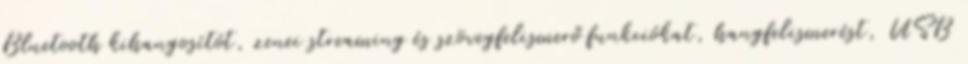
Bluetooth kihangosítót, zenei streaming és szövegfelismerő funkciókat, hangfelismerést, USB